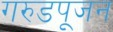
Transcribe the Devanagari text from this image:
गरुडपूजन